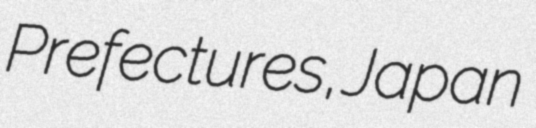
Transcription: Prefectures, Japan